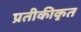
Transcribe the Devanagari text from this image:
प्रतीकीकृत